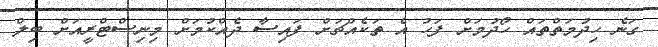
ގަނެ ހިދުމަތްތައް ހޯދުމަށް ފަހު އެ ތަކެއްޗަށް ފައިސާ ދެއްކުމަށް މިނިސްޓްރީއަށް ބިލް